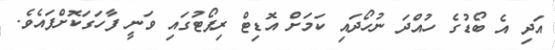
އަދި އެ ބޯޑުގެ ހުއްދަ ނުހޯދައި ކަމަށް އޮޑިޓް ރިޕޯޓުގައި ވަނީ ފާހަގަކޮށްފައެވެ.